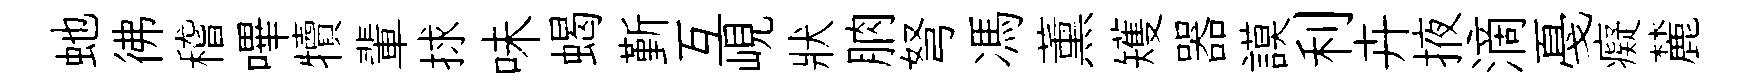
虵彿稽嗶犢輩捄味蝎斳互峴狀朒弩馮薰矱器謨利卉掖滴戞癡麓